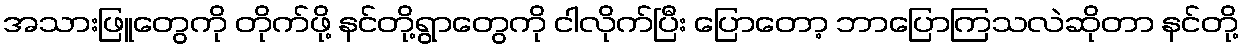
အသားဖြူတွေကို တိုက်ဖို့ နင်တို့ရွာတွေကို ငါလိုက်ပြီး ပြောတော့ ဘာပြောကြသလဲဆိုတာ နင်တို့